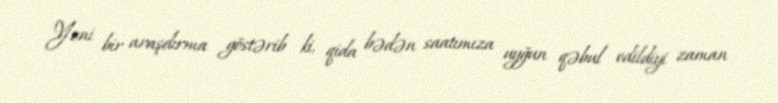
Yeni bir araşdırma göstərib ki, qida bədən saatımıza uyğun qəbul edildiyi zaman